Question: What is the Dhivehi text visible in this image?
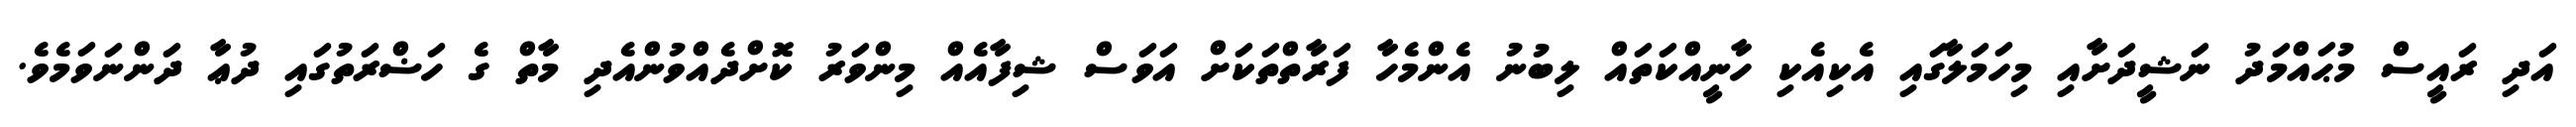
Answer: އަދި ރައީސް މުޙައްމަދު ނަޝީދަށާއި މިހަމަލާގައި އެކިއެކި ހާނީއްކަތައް ލިބުނު އެންމެހާ ފަރާތްތަކަށް އަވަސް ޝިފާއެއް މިންވަރު ކޮށްދެއްވުންއެދި މާތް ގެ ހަޟްރަތުގައި ދުޢާ ދަންނަވަމެވެ.